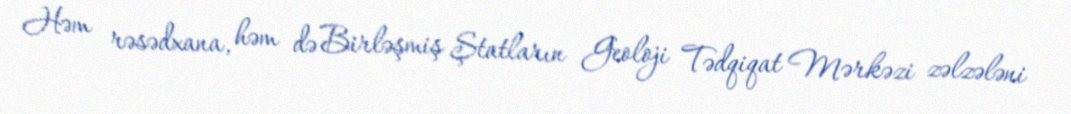
Həm rəsədxana, həm də Birləşmiş Ştatların Geoloji Tədqiqat Mərkəzi zəlzələni